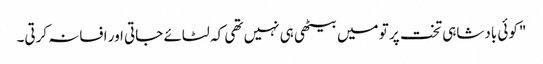
"کوئی بادشاہی تخت پر تو میں بیٹھی ہی نہیں تھی کہ لٹائے جاتی اور افسانہ کرتی۔